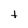
Character: t